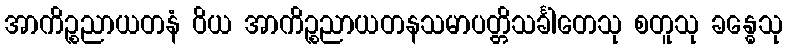
အာကိဉ္စညာယတနံ ဝိယ အာကိဉ္စညာယတနသမာပတ္တိသင်္ခါတေသု စတူသု ခန္ဓေသု